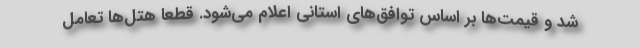
شد و قیمت‌ها بر اساس توافق‌های استانی اعلام می‌شود. قطعا هتل‌ها تعامل